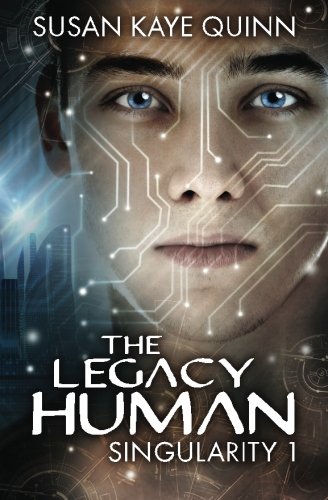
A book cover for The Legacy Human (Singularity #1) (Singularity Series) (Volume 1); Susan Kaye Quinn; Science Fiction & Fantasy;